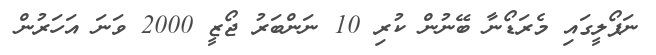
ނަޕޯލީގައި މެރަޑޯނާ ބޭނުން ކުރި 10 ނަންބަރު ޖޯޒީ 2000 ވަނަ އަހަރުން